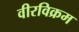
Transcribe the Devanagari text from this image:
वीरविक्रम